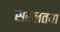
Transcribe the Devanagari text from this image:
सरलतया